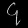
Digit: ၄